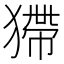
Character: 𤠹